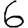
Digit: 6